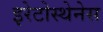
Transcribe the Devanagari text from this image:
इरेटोस्थेनेस